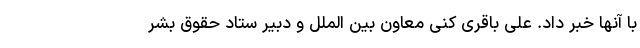
با آنها خبر داد. علی باقری کنی معاون بین الملل و دبیر ستاد حقوق بشر